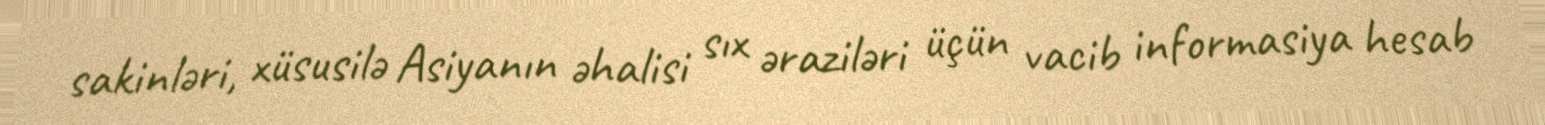
sakinləri, xüsusilə Asiyanın əhalisi sıx əraziləri üçün vacib informasiya hesab